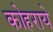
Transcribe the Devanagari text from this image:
कोहराये